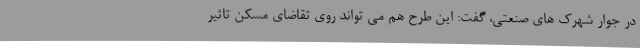
در جوار شهرک های صنعتی، گفت: این طرح هم می تواند روی تقاضای مسکن تاثیر